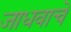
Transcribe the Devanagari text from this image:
जाधवाचे